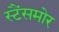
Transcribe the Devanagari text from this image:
स्टैंसमोर